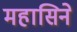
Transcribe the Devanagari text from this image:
महासिने